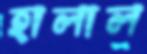
হালাল